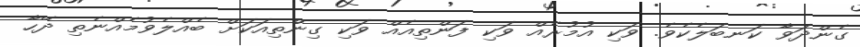
ގެންދަވާ ކަނބަލެކެވެ. ވަކި އުމުރެއް ވަކި ފަންތިއެއް ވަކި ގިންތިއަކަށް ބެއްލެވުމެއްނެތި ދޭހާ